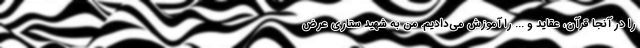
را در آنجا قرآن، عقاید و ... را آموزش می‌دادیم. من به شهید ستاری عرض